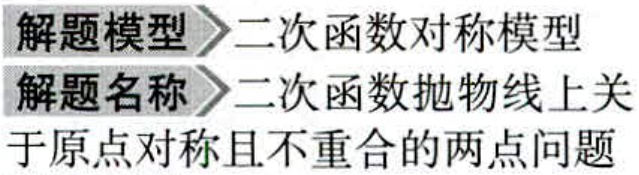
解题模型$\rhd$二次函数对称模型
解题名称$\rhd$二次函数抛物线上关于原点对称且不重合的两点问题